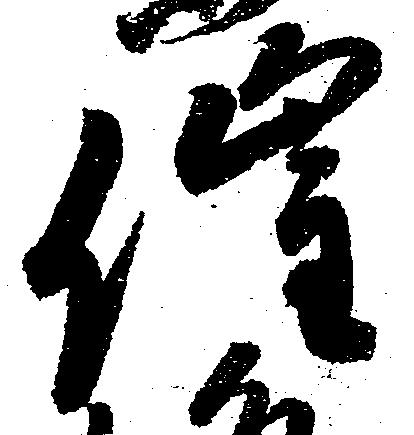
催